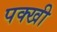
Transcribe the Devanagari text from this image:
पक्खी